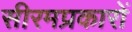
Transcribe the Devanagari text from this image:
सीरमप्रकारों